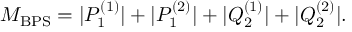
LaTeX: M _ { \mathrm { B P S } } = | P _ { 1 } ^ { ( 1 ) } | + | P _ { 1 } ^ { ( 2 ) } | + | Q _ { 2 } ^ { ( 1 ) } | + | Q _ { 2 } ^ { ( 2 ) } | .